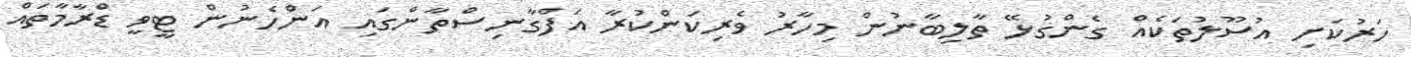
ހަރުކަށި އުސޫލުތަކެއް ގެންގުޅޭ ތާލިބާނުން މިހާރު ވެރިކަންކުރާ އަފްގާނިސްތާންގައި އަންހެނުން ޓީވީ ޑްރާމާތައް